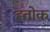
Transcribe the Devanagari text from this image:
ह्तोक